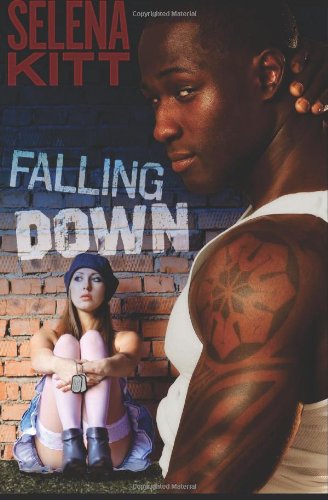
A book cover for Falling Down; Selena Kitt; Romance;